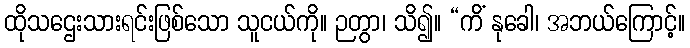
ထိုသဌေးသားရင်းဖြစ်သော သူငယ်ကို။ ဉတွာ၊ သိ၍။ “ကိံ နုခေါ၊ အဘယ်ကြောင့်။